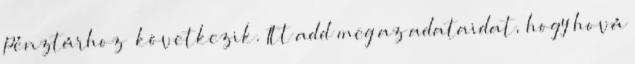
Pénztárhoz” következik. Itt add meg az adataidat, hogy hová